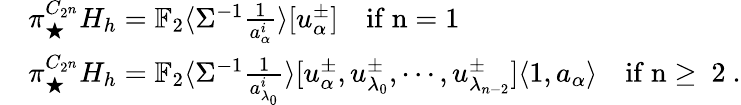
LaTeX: \begin{array}{rl}&{\pi_{\bigstar}^{C_{2^{n}}}H_{h}=\mathbb{F}_{2}\langle\Sigma^{-1}\frac{1}{a_{\alpha}^{i}}\rangle[u_{\alpha}^{\pm}]\quad\mathrm{if~n=1~}}\\ &{\pi_{\bigstar}^{C_{2^{n}}}H_{h}=\mathbb{F}_{2}\langle\Sigma^{-1}\frac{1}{a_{\lambda_{0}}^{i}}\rangle[u_{\alpha}^{\pm},u_{\lambda_{0}}^{\pm},\cdots,u_{\lambda_{n-2}}^{\pm}]\langle 1,a_{\alpha}\rangle\quad\mathrm{if~n\geq~2~}.}\end{array}